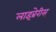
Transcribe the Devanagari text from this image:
लाइब्रेरीस्